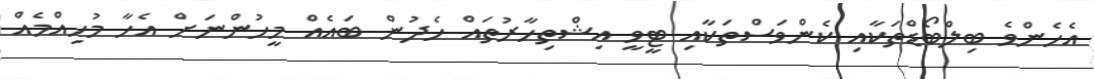
އެހެންވެ ބިލްބޯޑްތަކާއި ކެންވަސްތަކާއި ޓީވީ އިޝްތިހާރުތައް ހެދުން ބައެއް މީހުންނަށް އެހާ މުހިއްމެއް